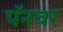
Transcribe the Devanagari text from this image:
पॅनवर